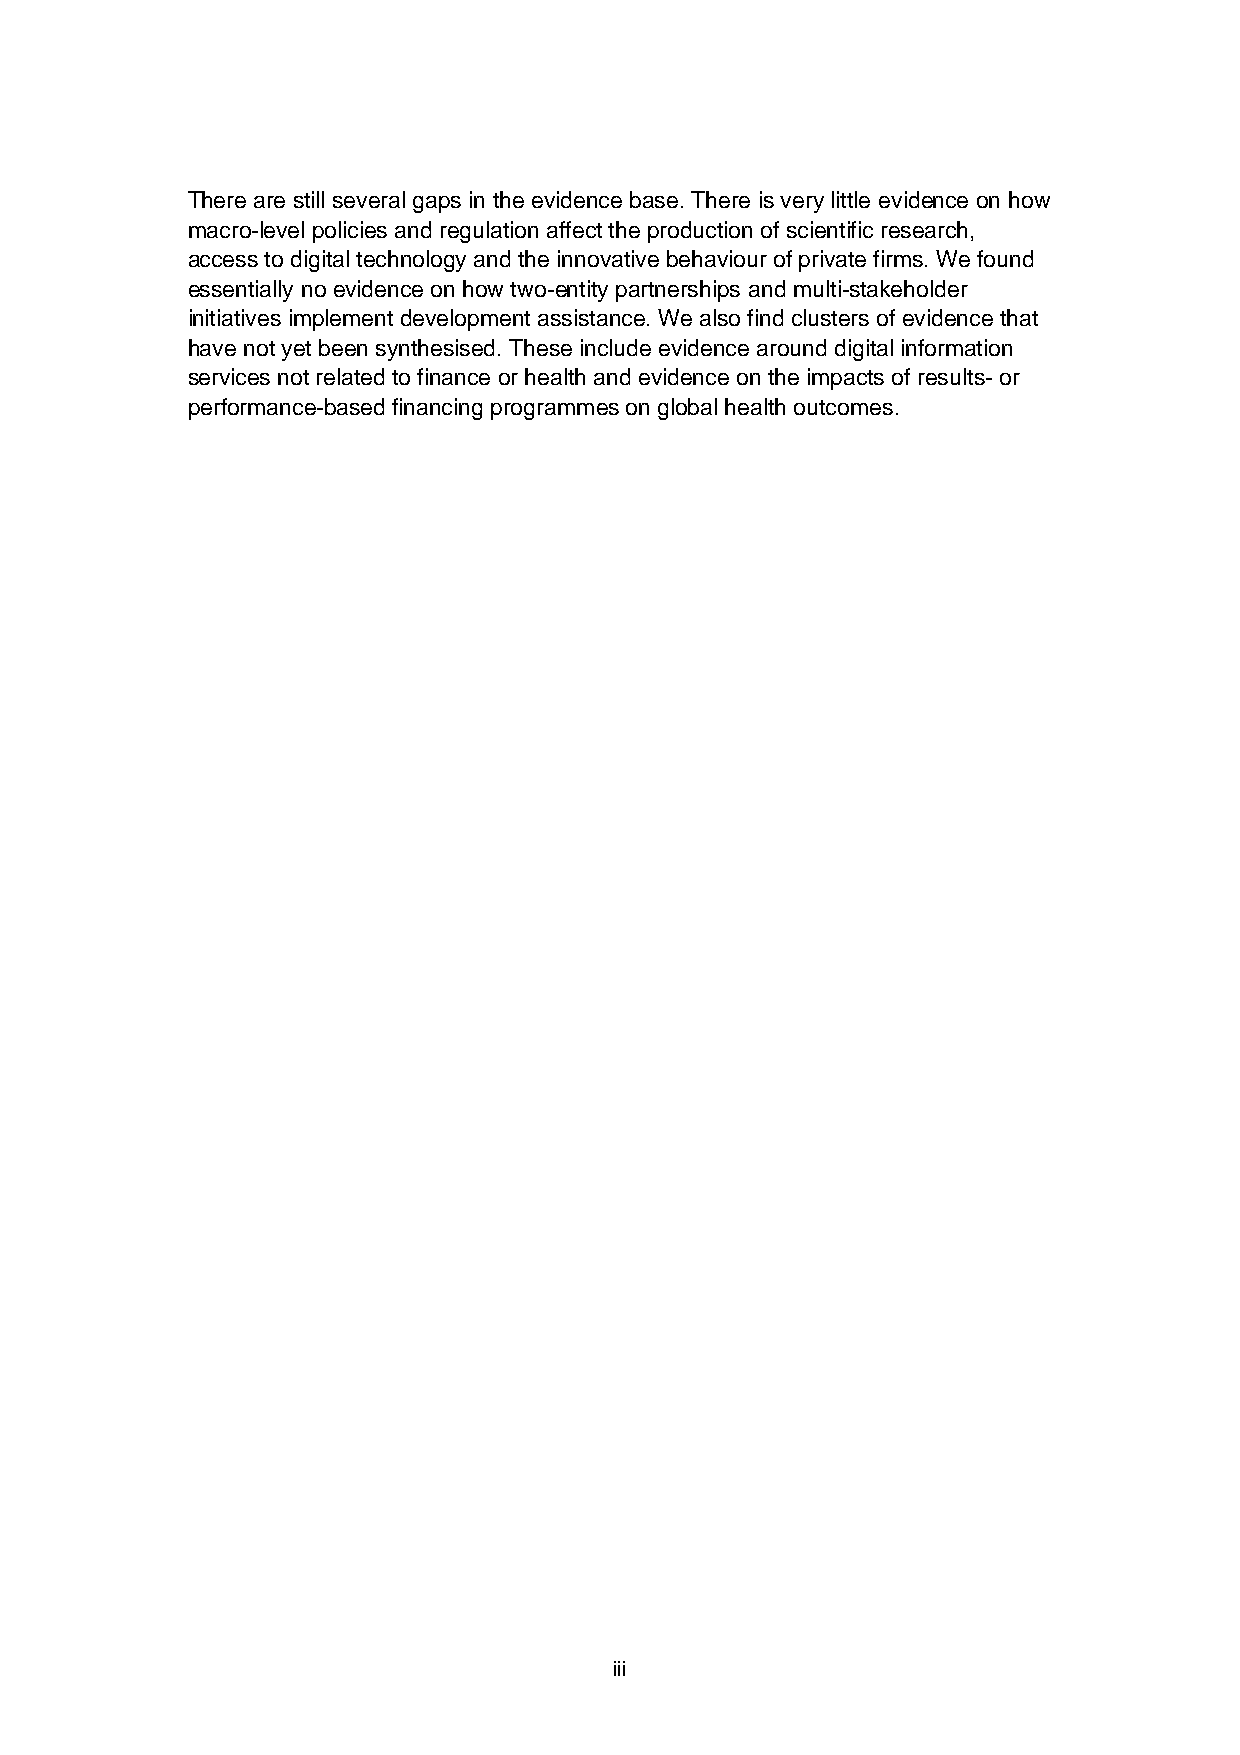
There are still several gaps in the evidence base. There is very little evidence on how
 macro-level policies and regulation affect the production of scientific research,
 access to digital technology and the innovative behaviour of private firms. We found
 essentially no evidence on how two-entity partnerships and multi-stakeholder
 initiatives implement development assistance. We also find clusters of evidence that
 have not yet been synthesised. These include evidence around digital information
 services not related to finance or health and evidence on the impacts of results- or
 performance-based financing programmes on global health outcomes.
 iii